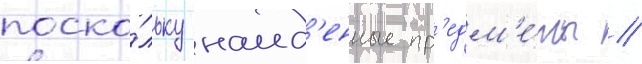
поско́льку наид'енные пр'едм'е́ты /